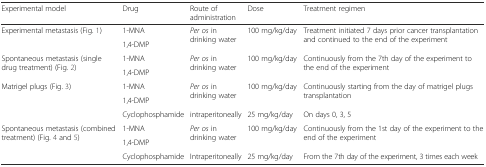
<table><thead><tr><td><b>Experimental model</b></td><td><b>Drug</b></td><td><b>Route of administration</b></td><td><b>Dose</b></td><td><b>Treatment regimen</b></td></tr></thead><tbody><tr><td rowspan="2">Experimental metastasis (Fig. 1)</td><td>1-MNA</td><td rowspan="2"><i>Per os</i> in drinking water</td><td rowspan="2">100 mg/kg/day</td><td rowspan="2">Treatment initiated 7 days prior cancer transplantation and continued to the end of the experiment</td></tr><tr><td>1,4-DMP</td></tr><tr><td rowspan="2">Spontaneous metastasis (single drug treatment) (Fig. 2)</td><td>1-MNA</td><td rowspan="2"><i>Per os </i>in drinking water</td><td rowspan="2">100 mg/kg/day</td><td rowspan="2">Continuously from the 7th day of the experiment to the end of the experiment</td></tr><tr><td>1,4-DMP</td></tr><tr><td rowspan="3">Matrigel plugs (Fig. 3)</td><td>1-MNA</td><td rowspan="2"><i>Per os</i> in drinking water</td><td rowspan="2">100 mg/kg/day</td><td rowspan="2">Continuously starting from the day of matrigel plugs transplantation</td></tr><tr><td>1,4-DMP</td></tr><tr><td>Cyclophosphamide</td><td>intraperitoneally</td><td>25 mg/kg/day</td><td>On days 0, 3, 5</td></tr><tr><td rowspan="3">Spontaneous metastasis (combined treatment) (Fig. 4 and 5)</td><td>1-MNA</td><td rowspan="2"><i>Per os</i> in drinking water</td><td rowspan="2">100 mg/kg/day</td><td rowspan="2">Continuously from the 1st day of the experiment to the end of the experiment</td></tr><tr><td>1,4-DMP</td></tr><tr><td>Cyclophosphamide</td><td>Intraperitoneally</td><td>25 mg/kg/day</td><td>From the 7th day of the experiment, 3 times each week</td></tr></tbody></table>